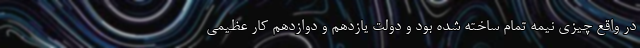
در واقع چیزی نیمه تمام ساخته شده بود و دولت یازدهم و دوازدهم کار عظیمی